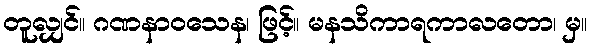
တူလျှင်။ ဂဏနာဝသေန၊ ဖြင့်။ မနသိကာရကာလတော၊ မှ။